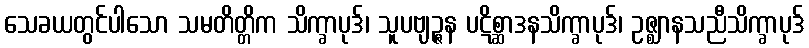
သေခယတွင်ပါသော သမတိတ္တိက သိက္ခာပုဒ်၊ သူပဗျဉ္ဇန ပဋိစ္ဆာဒနသိက္ခာပုဒ်၊ ဥဇ္ဈာနသညီသိက္ခာပုဒ်